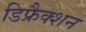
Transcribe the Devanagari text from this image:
डिफ्रैक्शन